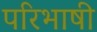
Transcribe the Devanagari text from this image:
परिभाषी